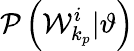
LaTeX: \mathcal{P}\left(\mathcal{{W}}_{k_{p}}^{i}|\vartheta\right)